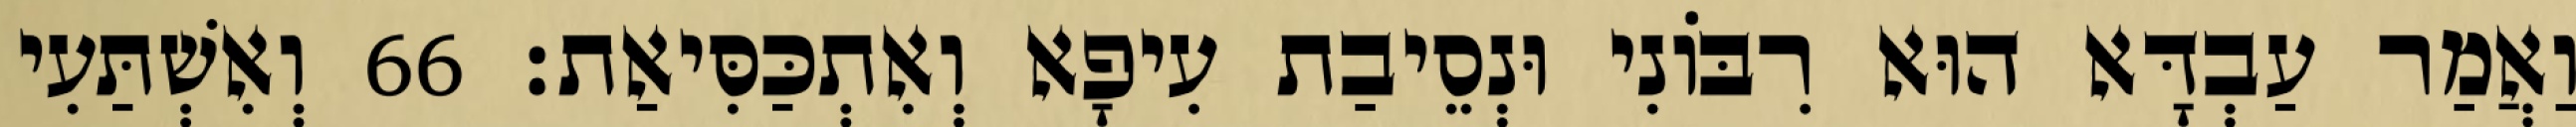
וַאֲמַר עַבְדָּא הוּא רִבּוֹנִי וּנְסֵיבַת עִיפָא וְאִתְכַּסִּיאַת׃ 66 וְאִשְׁתַּעִי